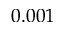
0 . 0 0 1